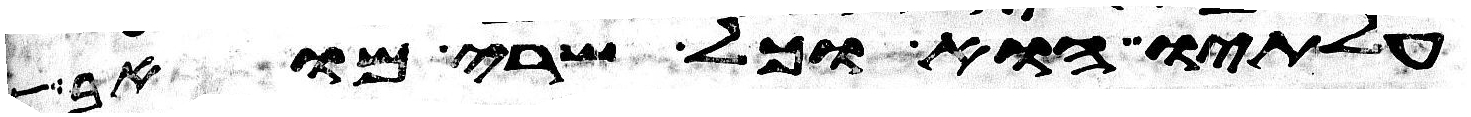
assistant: עלתיו הוא וכל שרי מואב